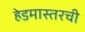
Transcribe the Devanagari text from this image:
हेडमास्तरची